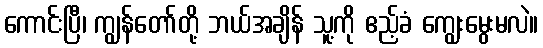
ကောင်းပြီ၊ ကျွန်တော်တို့ ဘယ်အချိန် သူ့ကို ဧည့်ခံ ကျွေးမွေးမလဲ။